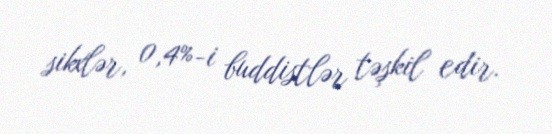
sikxlər, 0,4%-i buddistlər təşkil edir.